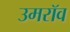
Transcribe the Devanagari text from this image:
उमरॉव